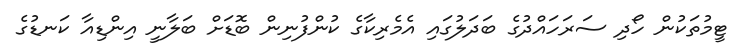
ޓީމުތަކުން ހޯދި ސަރަހައްދުގެ ބަދަލުގައި އެމެރިކާގެ ކުންފުނިން ބޮޑަށް ބަލާނީ އިންޑިއާ ކަނޑުގެ